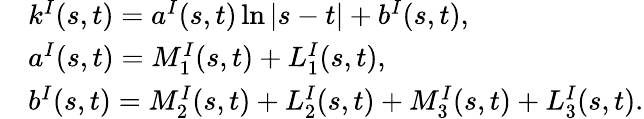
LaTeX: \begin{array}{rl}&{k^{I}(s,t)=a^{I}(s,t)\ln|s-t|+b^{I}(s,t),}\\ &{a^{I}(s,t)=M_{1}^{I}(s,t)+L_{1}^{I}(s,t),}\\ &{b^{I}(s,t)=M_{2}^{I}(s,t)+L_{2}^{I}(s,t)+M_{3}^{I}(s,t)+L_{3}^{I}(s,t).}\end{array}